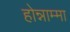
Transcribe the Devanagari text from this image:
होन्नाम्मा